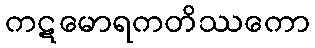
ကဋမောရကတိဿကော